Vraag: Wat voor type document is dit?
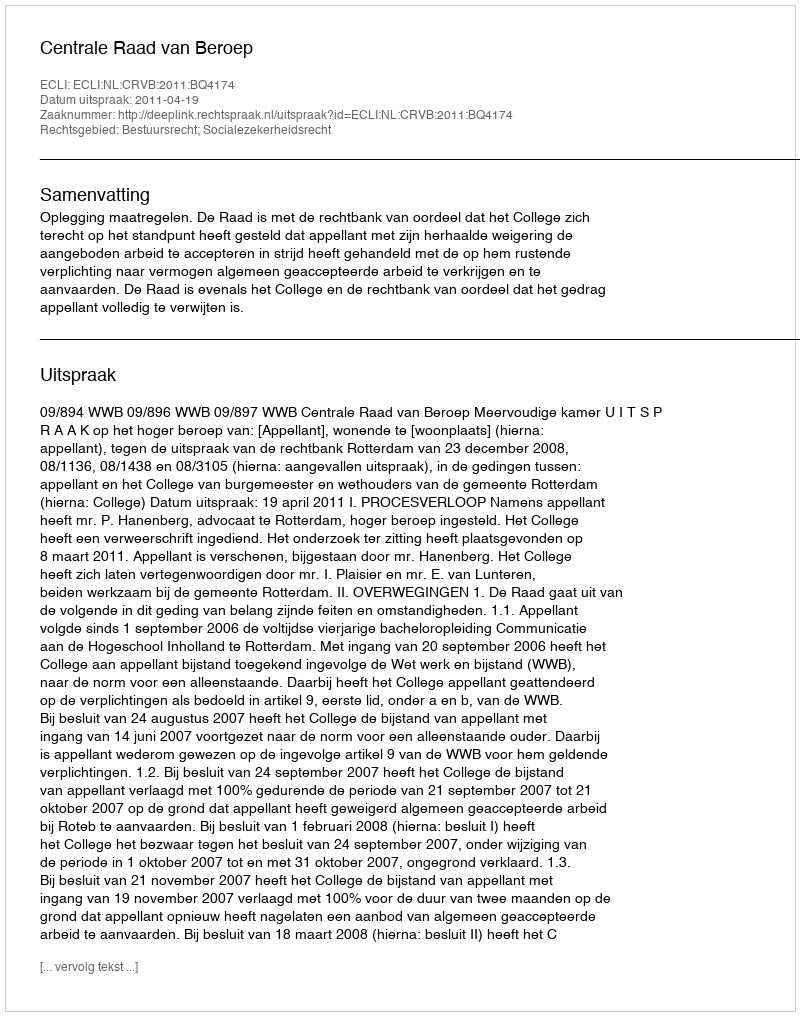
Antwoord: Uitspraak